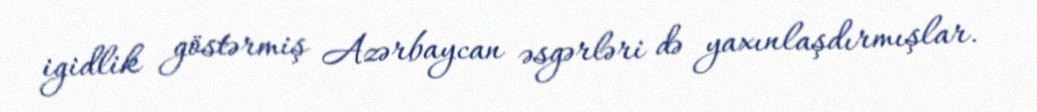
igidlik göstərmiş Azərbaycan əsgərləri də yaxınlaşdırmışlar.